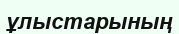
ұлыстарының